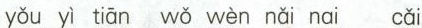
yǒu yì tiān wǒ wèn nǎi nai cǎi